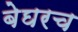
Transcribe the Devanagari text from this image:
बेघरच